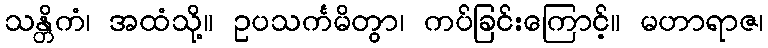
သန္တိကံ၊ အထံသို့။ ဥပသင်္ကမိတွာ၊ ကပ်ခြင်းကြောင့်။ မဟာရာဇ၊